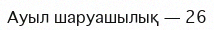
Ауыл шаруашылық — 26